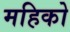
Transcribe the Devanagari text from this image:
महिको